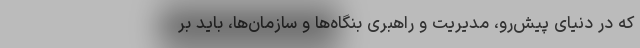
که در دنیای پیش‌رو، مدیریت و راهبری بنگاه‌ها و سازمان‌ها، باید بر